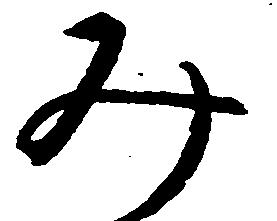
み